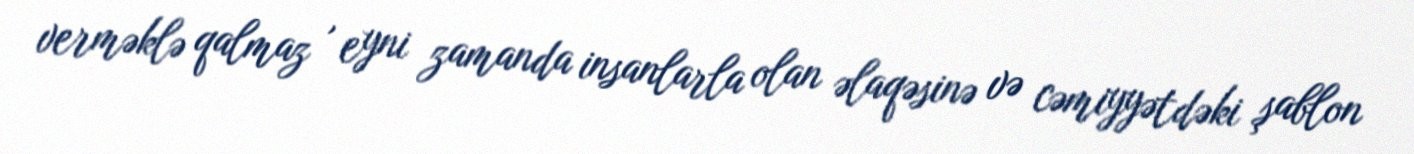
verməklə qalmaz , eyni zamanda insanlarla olan əlaqəsinə və cəmiyyətdəki şablon